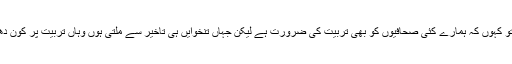
برا نہ مانیں تو کہوں کہ ہمارے کئی صحافیوں کو بھی تربیت کی ضرورت ہے لیکن جہاں تنخوایں ہی تاخیر سے ملتی ہوں وہاں تربیت پر کون دھیان دیے گا؟